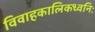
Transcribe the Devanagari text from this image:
विवाहकालिकध्वनिः